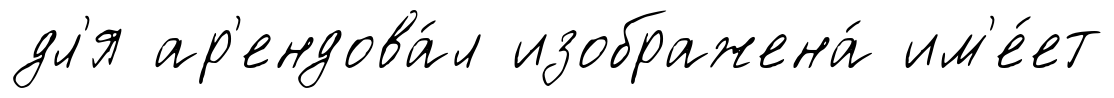
дл'я ар'ендова́л изображена́ им'е́ет